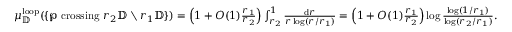
\begin{array} { r } { \mu _ { \mathbb { D } } ^ { \mathrm { l o o p } } ( \{ \wp \mathrm { ~ c r o s s i n g ~ } r _ { 2 } \mathbb { D } \setminus r _ { 1 } \mathbb { D } \} ) = \left( 1 + O ( 1 ) \frac { r _ { 1 } } { r _ { 2 } } \right) \int _ { r _ { 2 } } ^ { 1 } \frac { \mathrm { d } r } { r \log ( r / r _ { 1 } ) } = \left( 1 + O ( 1 ) \frac { r _ { 1 } } { r _ { 2 } } \right) \log \frac { \log ( 1 / r _ { 1 } ) } { \log ( r _ { 2 } / r _ { 1 } ) } . } \end{array}